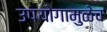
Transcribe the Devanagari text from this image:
उपयोगामुळेच